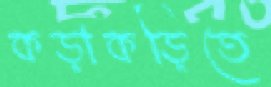
কড়াকড়িতে